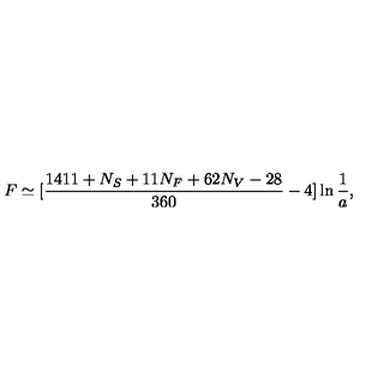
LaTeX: F \simeq \mathrm { \large [ } { \frac { 1 4 1 1 + N _ { S } + 1 1 N _ { F } + 6 2 N _ { V } - 2 8 } { 3 6 0 } } - 4 \mathrm { \large ] } \ln { { \frac { 1 } { a } } } ,